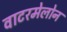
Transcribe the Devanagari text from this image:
वाटरमेलोन